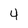
Character: 4